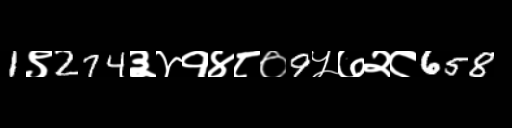
Text: 1९274३४१४८०9५७२८658